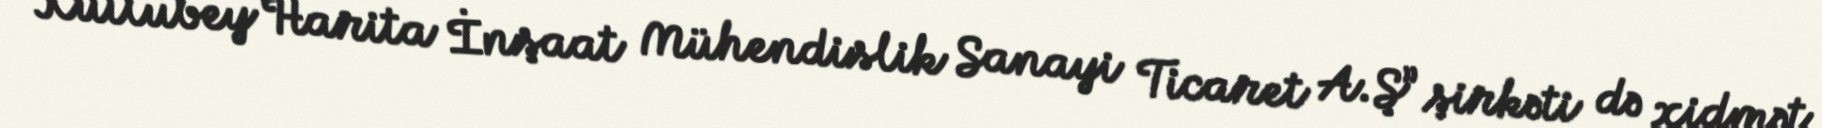
“Kutlubey Harita İnşaat Mühendislik Sanayi Ticaret A.Ş” şirkəti də xidmət